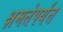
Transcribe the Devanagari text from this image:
क्षमतेपर्यंत